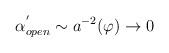
LaTeX: \begin{align*}\alpha _{open}^{^{\prime }}\sim a^{-2}(\varphi )\rightarrow 0\end{align*}